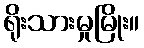
ရိုးသားမှုမြိုး။